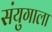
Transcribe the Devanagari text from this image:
संयुगाला